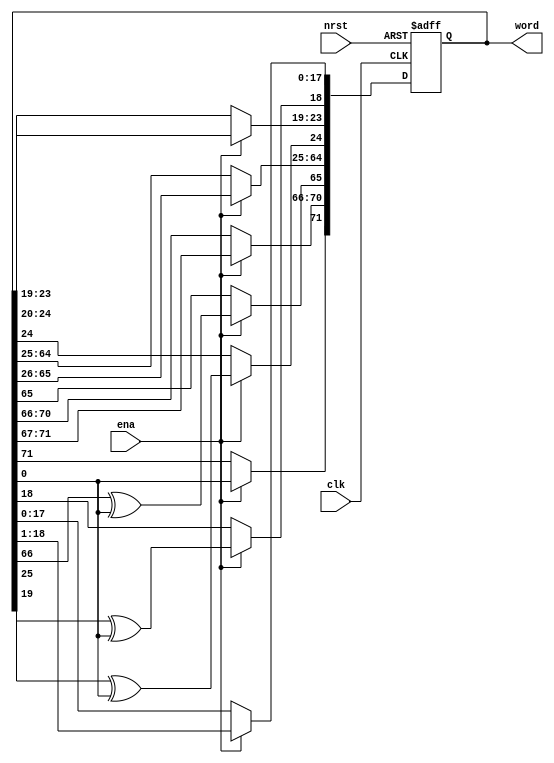
// This program was cloned from: https://github.com/MiSTeX-devel/MiSTeX-ports
// License: BSD 3-Clause "New" or "Revised" License

// (C) 2001-2023 Intel Corporation. All rights reserved.
// Your use of Intel Corporation's design tools, logic functions and other 
// software and tools, and its AMPP partner logic functions, and any output 
// files from any of the foregoing (including device programming or simulation 
// files), and any associated documentation or information are expressly subject 
// to the terms and conditions of the Intel Program License Subscription 
// Agreement, Intel FPGA IP License Agreement, or other applicable 
// license agreement, including, without limitation, that your use is for the 
// sole purpose of programming logic devices manufactured by Intel and sold by 
// Intel or its authorized distributors.  Please refer to the applicable 
// agreement for further details.


`timescale 1 ps / 1 ps

module rw_manager_lfsr72(
	clk, 
	nrst, 
	ena, 
	word
);

	input clk;
	input nrst;
	input ena;
	output reg [71:0] word;

	always @(posedge clk or negedge nrst) begin
		if(~nrst) begin
			word <= 72'hAAF0F0AA55F0F0AA55;
		end
		else if(ena) begin
			word[71] <= word[0];
			word[70:66] <= word[71:67];
			word[65] <= word[66] ^ word[0];
			word[64:25] <= word[65:26];
			word[24] <= word[25] ^ word[0];
			word[23:19] <= word[24:20];
			word[18] <= word[19] ^ word[0];
			word[17:0] <= word[18:1];
		end
	end

endmodule